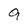
Character: 9